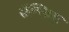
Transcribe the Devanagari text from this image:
सैन्स्क्रिट्